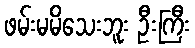
ဖမ်းမမိသေးဘူး ဦးကြီး